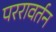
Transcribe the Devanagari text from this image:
पररावर्तन